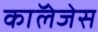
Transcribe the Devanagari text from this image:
काॅलेजेस